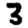
Digit: 3